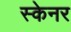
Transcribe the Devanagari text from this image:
स्‍केनर